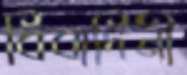
বিবাদিনী